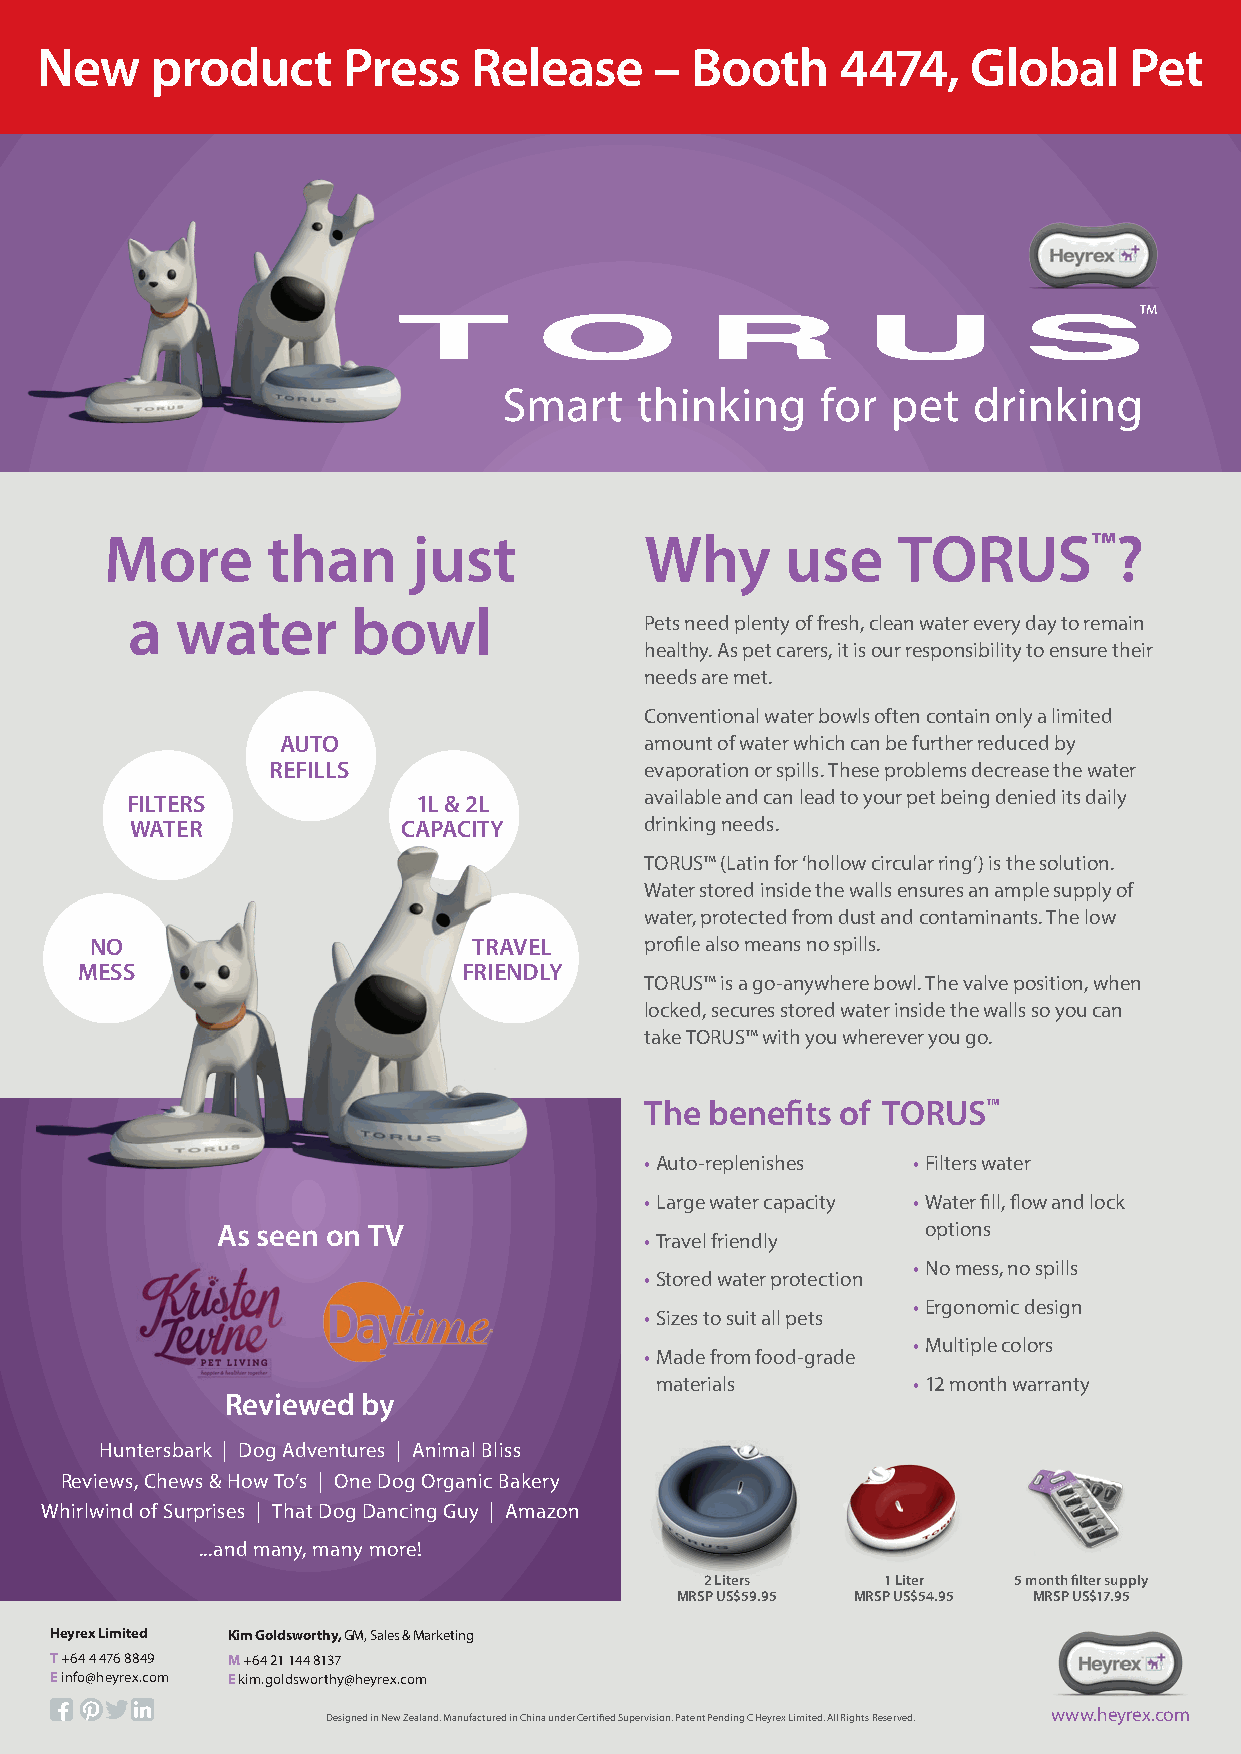
New     product      Press   Release     –  Booth     4474,   Global     Pet
 More       than     just            Why      use    TORUS™?
 a   water      bowl
 Pets need plenty of fresh, clean water every day to remain
 healthy. As pet carers, it is our responsibility to ensure their
 needs are met.
 Conventional water bowls often contain only a limited
 AUTO                     amount of water which can be further reduced by
 REFILLS                  evaporation or spills. These problems decrease the water
 FILTERS             1L & 2L        available and can lead to your pet being denied its daily
 WATER             CAPACITY        drinking needs.
 TORUS™ (Latin for ‘hollow circular ring’) is the solution.
 Water stored inside the walls ensures an ample supply of
 water, protected from dust and contaminants. The low
 NO                       TRAVEL      profile also means no spills.
 MESS                      FRIENDLY
 TORUS™ is a go-anywhere bowl. The valve position, when
 locked, secures stored water inside the walls so you can
 take TORUS™ with you wherever you go.
 The benefits of TORUS™
 • Auto-replenishes • Filters water
 • Large water capacity • Water fill, flow and lock
 As seen on TV                                  options
 • Travel friendly
 • No mess, no spills
 • Stored water protection
 • Ergonomic design
 • Sizes to suit all pets
 • Multiple colors
 • Made from food-grade
 materials        • 12 month warranty
 Reviewed by
 Huntersbark | Dog Adventures | Animal Bliss
 Reviews, Chews & How To’s | One Dog Organic Bakery
 Whirlwind of Surprises | That Dog Dancing Guy | Amazon
 ...and many, many more!
 2 Liters   1 Liter  5 month filter supply
 MRSP US$59.95 MRSP US$54.95 MRSP US$17.95
 Heyrex Limited Kim Goldsworthy, GM, Sales & Marketing
 T +64 4 476 8849 M +64 21 144 8137
 E info@heyrex.com E kim.goldsworthy@heyrex.com
 www.heyrex.com
 Designed in New Zealand. Manufactured in China under Certified Supervision. Patent Pending C Heyrex Limited. All Rights Reserved.